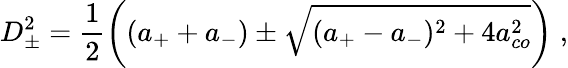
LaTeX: D_{\pm}^{2}=\frac{1}{2}\bigg((a_{+}+a_{-})\pm\sqrt{(a_{+}-a_{-})^{2}+4a_{co}^{2}}\bigg)\; ,